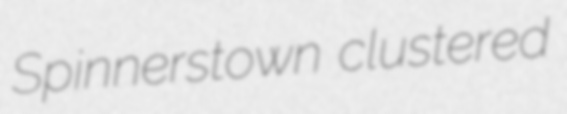
Spinnerstown clustered